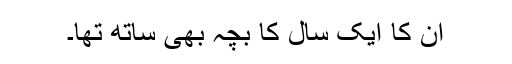
ان کا ایک سال کا بچہ بھی ساتھ تھا۔